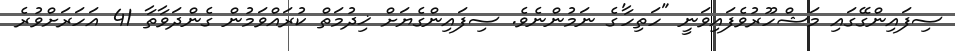
ސިފައިންގޭގައި މަޝްހޫރުވެފައިވަނީ "ހަތިހާ'ގެ ނަމުންނެވެ. ސިފައިންގެޔަށް ޚިދުމަތް ކުރައްވަމުން ގެންދަވާތާ 41 އަހަރަށްވުރެ